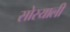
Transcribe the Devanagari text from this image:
सोरयाली